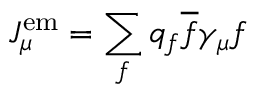
J _ { \mu } ^ { \mathrm { e m } } = \sum _ { f } q _ { f } { \overline { { f } } } \gamma _ { \mu } f